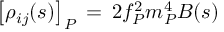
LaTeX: \left[ \rho _ { i j } ( s ) \right] _ { P } \, = \, 2 f _ { P } ^ { 2 } m _ { P } ^ { 4 } B ( s )